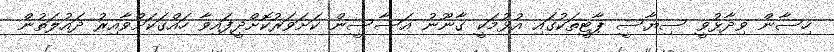
ހިސާން ވިދާޅުވީ ސިޔާސީ ޕާޓީތަކުގައި އުޅުމަކީ ގާނޫނު އަސާސީން ކަށަވަރުކޮށްދީފައިވާ ހައްގަކަށްވާއިރު ދައުލަތުން